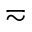
\eqsim